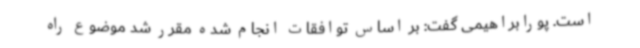
است. پورابراهیمی گفت: بر اساس توافقات انجام شده مقرر شد موضوع راه